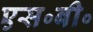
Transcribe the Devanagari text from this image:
एस॰बी॰